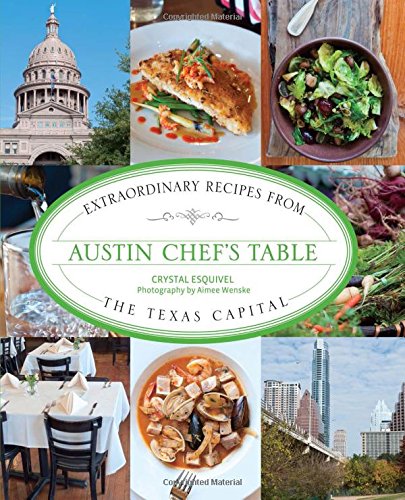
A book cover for Austin Chef's Table: Extraordinary Recipes From The Texas Capital; Crystal Esquivel; Travel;